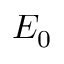
E _ { 0 }